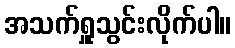
အသက်ရှူသွင်းလိုက်ပါ။